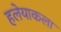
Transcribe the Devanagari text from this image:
हलेयाकला